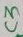
Text: C3